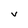
Character: V